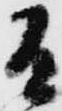
有